Annual report of lunatic asylums [Bombay] - 1912-1922
Year: 1912
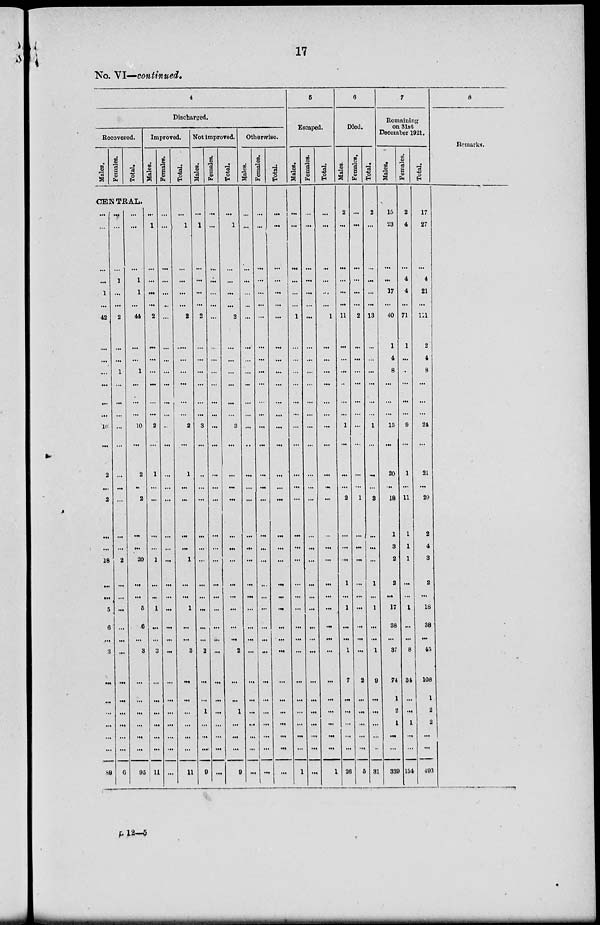
17
No. VI—continued.
4
Discharged.
Recovered.
Males.
Females.
Total.
Improved.
Males.
CENTRAL.
...
...
...
...
1
...
42
...
...
...
...
...
...
10
...
2
...
2
...
...
18
...
...
5
6
...
3
...
...
...
...
...
...
89
...
...
...
1
...
...
2
...
...
1
...
...
...
...
...
...
...
...
...
...
2
...
...
...
...
...
...
...
...
...
...
...
...
6
...
...
...
1
1
...
44
...
...
1
...
...
...
10
...
2
..
2
...
...
20
...
...
5
6
...
3
...
...
...
...
...
...
95
...
1
...
...
...
...
2
...
...
...
...
...
...
2
...
1
...
...
...
...
1
...
...
1
...
...
3
...
...
...
...
...
...
11
Females.
...
...
...
...
...
...
...
...
...
...
...
...
...
...
...
...
...
...
...
...
...
...
...
...
...
...
...
...
...
...
...
...
...
...
Total.
...
1
...
...
...
...
2
....
...
...
...
...
...
2
...
1
...
...
...
...
1
...
...
1
...
...
3
...
...
...
...
...
...
11
Not improved.
Males.
...
1
...
...
...
...
2
...
...
...
...
...
...
3
...
..
...
...
...
...
...
...
...
...
...
...
2
...
...
1
...
...
....
9
Females.
...
...
...
...
...
...
...
...
...
...
...
...
...
...
...
...
...
...
...
...
...
...
...
...
...
...
...
...
...
...
...
...
...
...
Total.
...
1
...
...
...
...
2
...
...
...
...
...
...
3
...
...
...
...
...
...
...
...
...
...
...
...
2
...
...
1
...
...
...
9
Otherwise.
Males.
...
...
...
...
...
...
...
...
...
...
...
...
...
...
...
...
...
...
...
...
...
...
...
...
...
...
...
...
...
...
...
...
...
...
Females.
...
...
...
...
...
...
...
...
...
...
...
...
...
...
...
...
...
...
...
...
...
...
...
...
...
...
...
...
...
...
...
...
...
...
Total.
...
...
...
...
...
...
...
...
...
...
...
...
...
...
...
...
...
...
...
...
...
...
...
...
...
...
...
...
...
...
...
...
...
...
5
Escaped.
Males.
...
...
...
...
...
...
1
...
...
...
...
...
...
...
...
...
...
...
...
...
...
...
...
...
...
...
...
...
...
...
...
...
...
1
Females.
...
...
...
...
...
...
...
...
...
...
...
...
...
...
...
...
...
...
...
...
...
...
...
...
...
...
...
...
...
...
...
...
...
...
Total.
...
...
...
...
...
...
1
...
...
...
...
...
...
...
...
...
...
...
...
...
...
...
...
...
...
...
...
...
...
...
...
...
...
1
6
Died.
Males.
2
...
...
...
...
...
11
...
...
...
...
...
...
1
...
...
...
2
...
...
...
1
...
1
...
...
1
7
...
...
...
...
...
26
Females.
...
...
...
...
...
...
2
...
...
...
...
...
...
...
...
...
...
1
...
...
...
...
...
...
...
...
...
2
...
...
...
...
...
5
Total.
2
...
...
...
...
...
13
...
...
...
...
...
...
1
...
...
...
3
...
...
...
1
...
1
...
...
1
9
...
...
...
...
..
31
7
Remaining
on 31st
December 1921.
Males.
15
23
...
...
17
...
40
1
4
8
...
...
...
15
...
20
...
18
1
3
2
2
...
17
38
...
37
74
1
2
1
...
...
339
Females.
2
4
...
4
4
...
71
1
...
...
...
...
...
9
...
1
...
11
1
1
1
...
...
1
...
...
8
34
...
...
1
...
...
154
Total.
17
27
...
4
21
...
111
2
4
8
...
...
...
24
...
21
...
29
2
4
3
2
...
18
38
...
45
108
1
2
2
...
...
493
8
Remarks.
L 12—5